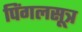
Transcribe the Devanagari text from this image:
पिंगलसूत्र